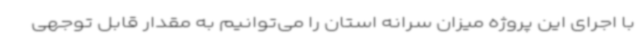
با اجرای این پروژه میزان سرانه استان را می‌توانیم به مقدار قابل توجهی